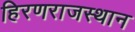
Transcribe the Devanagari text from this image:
हिरणराजस्थान